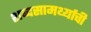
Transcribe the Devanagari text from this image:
शब्दसामर्थ्याची